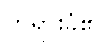
တရားခံ၏